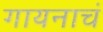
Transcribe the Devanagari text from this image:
गायनाचं